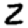
Digit: 2